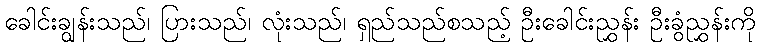
ခေါင်းချွန်းသည်၊ ပြားသည်၊ လုံးသည်၊ ရှည်သည်စသည့် ဦးခေါင်းညွှန်း ဦးခွံညွှန်းကို